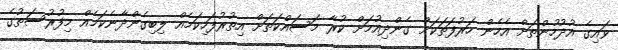
ވައިގެ އުދުހުންތަށް އެހެން ހަރުފަތަކަށް ގެންދިއުމަށް ކުރާ މަސައްކަތަށް އިތުރުފަހިކަމެއް ލިބިގެންދާނެކަމެއް މިފުރުސަތުގެ